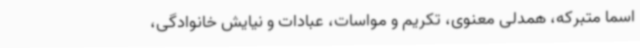
اسما متبرکه، همدلی معنوی، تکریم و مواسات، عبادات و نیایش خانوادگی،